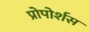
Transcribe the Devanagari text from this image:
प्रोपोर्शस